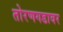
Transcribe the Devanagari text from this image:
तोरणगडावर